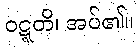
ဝဋ္ဋတိ၊ အပ်၏။